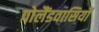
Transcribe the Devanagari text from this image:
पोलैंडवासियों